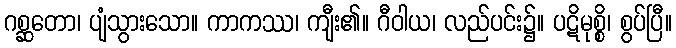
ဂစ္ဆတော၊ ပျံသွားသော။ ကာကဿ၊ ကျီး၏။ ဂီဝါယ၊ လည်ပင်း၌။ ပဋိမုစ္စိ၊ စွပ်ပြီ။